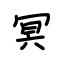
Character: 冥